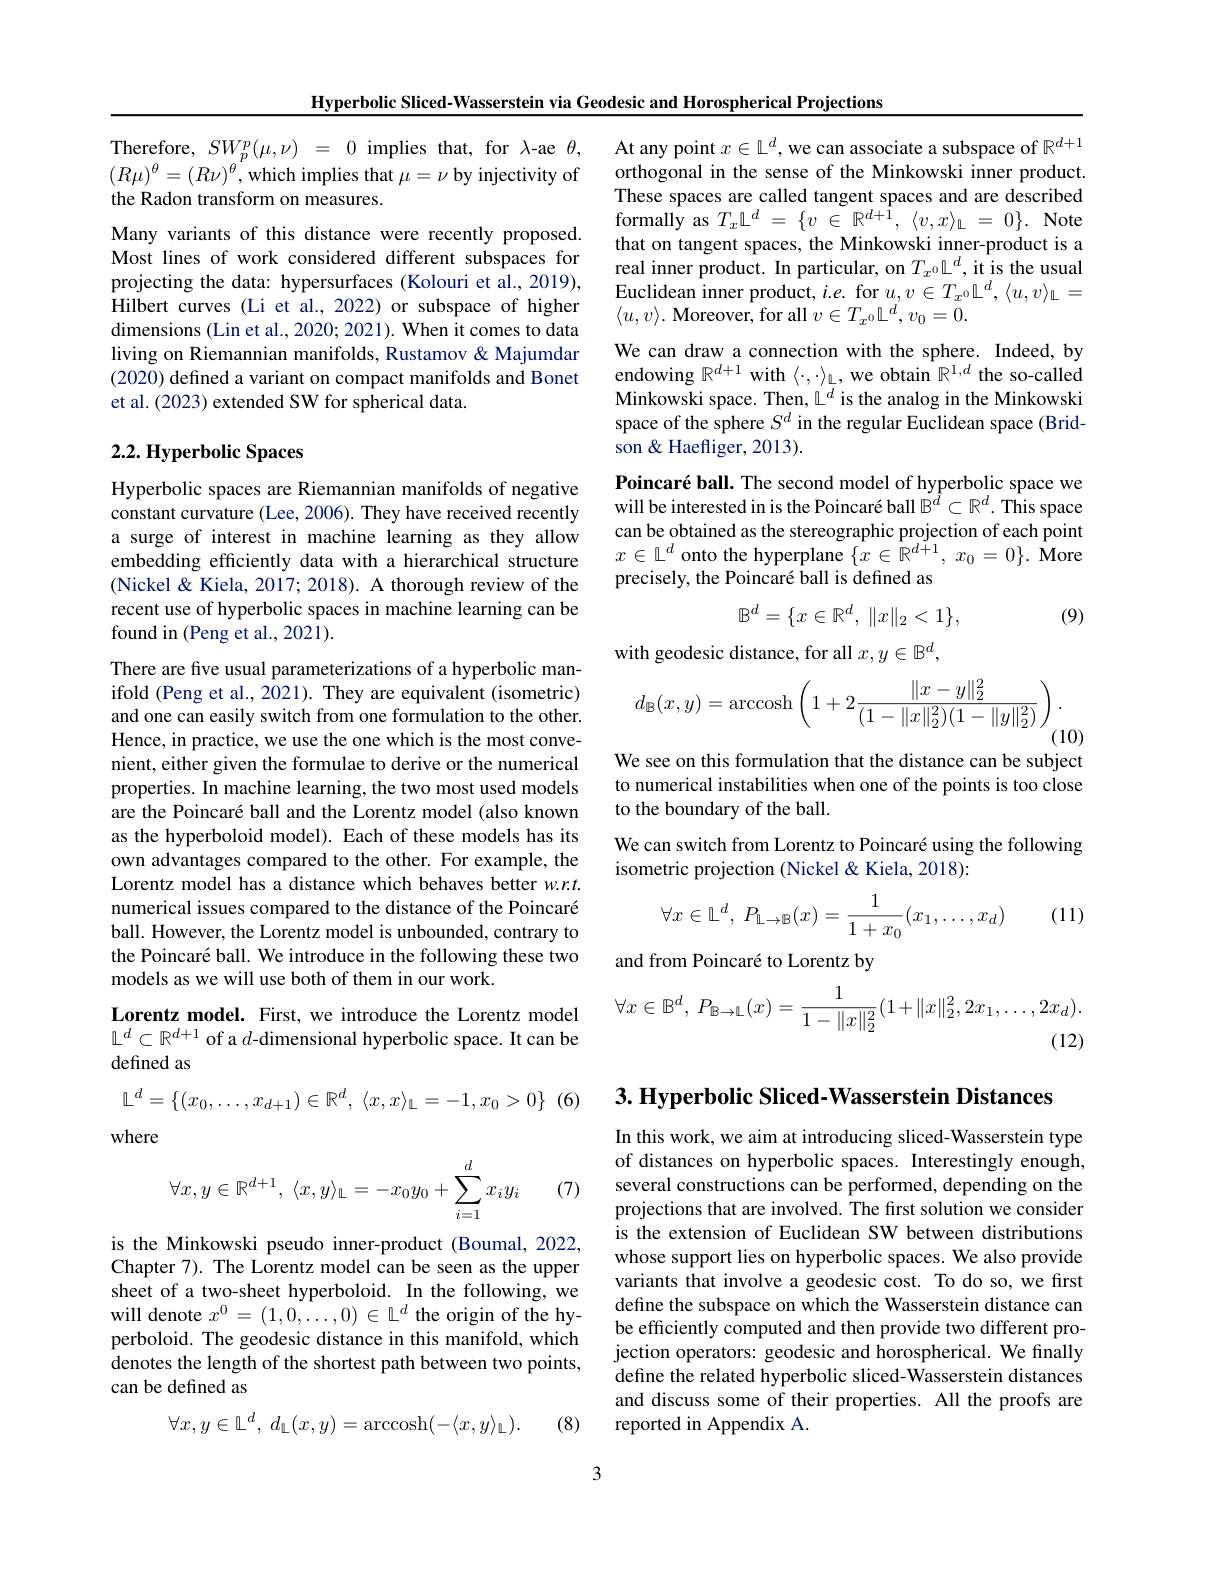
Hyperbolic Sliced-Wasserstein via Geodesic and Horospherical Projections

Therefore,$SW_{p}^{p}(\mu,\nu)=0$impliesthat,for$\lambda$-ae$\theta$, $(R\mu)^{\theta}=(R\nu)^{\theta}$,which implies that $\mu=\nu$ by injectivity of the Radon transform on measures.
Many variants of this distance were recently proposed. Most lines of work considered different subspaces for projecting the data: hypersurfaces (Kolouri et al., 2019), Hilbert curves (Li et al., 2022) or subspace of higher dimensions (Lin et al., 2020; 2021). When it comes to data living on Riemannian manifolds, Rustamov & Majumdar (2020) defined a variant on compact manifolds and Bonet et al. (2023) extended SW for spherical data.

## $2. 2. \textbf{Hyperbolic Spaces}$

Hyperbolic spaces are Riemannian manifolds of negative constant curvature (Lee, 2006). They have received recently a surge of interest in machine learning as they allow embedding effciently data with a hierarchical structure (Nickel & Kiela, 2017; 2018). A thorough review of the recent use of hyperbolic spaces in machine learning can be found in (Peng et al., 2021).

There are five usual parameterizations of a hyperbolic manifold (Peng et al., 2021). They are equivalent (isometric) and one can easily switch from one formulation to the other. Hence, in practice, we use the one which is the most convenient, either given the formulae to derive or the numerical properties. In machine learning, the two most used models are the Poincaré ball and the Lorentz model (also known as the hyperboloid model). Each of these models has its own advantages compared to the other. For example, the Lorentz model has a distance which behaves better $w.r.t.$ numerical issues compared to the distance of the Poincaré ball. However, the Lorentz model is unbounded, contrary to the Poincaré ball. We introduce in the following these two models as we will use both of them in our work.

Lorentz model. First, we introduce the Lorentz model $\mathbb{L}^{d}\subset\mathbb{R}^{d+1}$ of a $d$-dimensional hyperbolic space. It can be defined as

(6)
$$\mathbb{L}^d=\{(x_0,\ldots,x_{d+1})\in\mathbb{R}^d,\:\langle x,x\rangle_{\mathbb{L}}=-1,x_0>0\}$$
where
$$\forall x,y\in\mathbb{R}^{d+1},\:\langle x,y\rangle_{\mathbb{L}}=-x_0y_0+\sum_{i=1}^dx_iy_i$$
(7)

is the Minkowski pseudo inner-product (Boumal, 2022, Chapter 7). The Lorentz model can be seen as the upper sheet of a two-sheet hyperboloid. In the following, we will denote $x^0=(1,0,\ldots,0)\in\mathbb{L}^d$ the origin of the hyperboloid. The geodesic distance in this manifold, which denotes the length of the shortest path between two points, can be defined as

(8)
$$\forall x,y\in\mathbb{L}^d,\:d_\mathbb{L}(x,y)=\operatorname{arccosh}(-\langle x,y\rangle_\mathbb{L}).$$
At any point $x\in\mathbb{L}^d$,we can associate a subspace of $\mathbb{R}^d+1$ orthogonal in the sense of the Minkowski inner product. These spaces are called tangent spaces and are described formally as $T_x\mathbb{L}^d=\{v\in\mathbb{R}^{d+1},\langle v,x\rangle_{\mathbb{L}}=0\}.$ Note that on tangent spaces, the Minkowski inner-product is a real inner product. In particular, on $T_{x^0}\mathbb{L}^d$, it is the usual Euclidean inner product, $i.e.$ for $u,v\in T_{x^0}\mathbb{L}^d,\langle u,v\rangle_\mathbb{L}=$ $\langle u, v\rangle . \textbf{Moreover, for all }v\in T_{x^0}\mathbb{L} ^d, v_0= 0.$
We can draw a connection with the sphere. Indeed, by endowing $\mathbb{R}^d+1$ with $\langle\cdot,\cdot\rangle_{\mathbb{L}}$, we obtain $\mathbb{R}^1,d$ the so-called Minkowski space. Then, $\mathbb{L}^d$ is the analog in the Minkowski space of the sphere $S^d$ in the regular Euclidean space (Bridson & Haefliger, 2013).
Poincaré ball. The second model of hyperbolic space we will be interested in is the Poincaré ball $\tilde{\mathbb{B}}^{\hat{d}}\subset\mathbb{R}^{d}.$ This space can be obtained as the stereographic projection of each point $x\in\mathbb{L}^d$ onto the hyperplane $\{x\in\mathbb{R}^d+1,x_0=0\}.$ More precisely, the Poincaré ball is defined as
$$\mathbb{B}^d=\{x\in\mathbb{R}^d,\:\|x\|_2<1\},$$
(9)

with geodesic distance, for all $x,y\in\mathbb{B}^d$,
$$d_{\mathbb{B}}(x,y)=\operatorname{arccosh}\left(1+2\frac{\|x-y\|_2^2}{(1-\|x\|_2^2)(1-\|y\|_2^2)}\right).$$
(10)
We see on this formulation that the distance can be subject

to numerical instabilities when one of the points is too close
to the boundary of the ball.
We can switch from Lorentz to Poincaré using the following
isometric projection (Nickel&Kiela, 2018):

(11)
$$\forall x\in\mathbb{L}^d,\:P_{\mathbb{L}\to\mathbb{B}}(x)=\frac{1}{1+x_0}(x_1,\dots,x_d)$$
and from Poincaré to Lorentz by
$$\forall x\in\mathbb{B}^{d},\:P_{\mathbb{B}\to\mathbb{L}}(x)=\frac{1}{1-\|x\|_{2}^{2}}(1+\|x\|_{2}^{2},2x_{1},\ldots,2x_{d}).$$
$3. \textbf{ Hyperbolic Sliced- Wasserstein Distances}$

In this work, we aim at introducing sliced-Wasserstein type of distances on hyperbolic spaces. Interestingly enough, several constructions can be performed, depending on the projections that are involved. The first solution we consider is the extension of Euclidean SW between distributions whose support lies on hyperbolic spaces. We also provide variants that involve a geodesic cost. To do so, we first define the subspace on which the Wasserstein distance can be efficiently computed and then provide two different projection operators: geodesic and horospherical. We finally define the related hyperbolic sliced-Wasserstein distances and discuss some of their properties. All the proofs are reported in Appendix A.

3